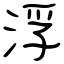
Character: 浮